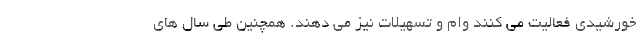
خورشیدی فعالیت می کنند وام و تسهیلات نیز می دهند. همچنین طی سال های